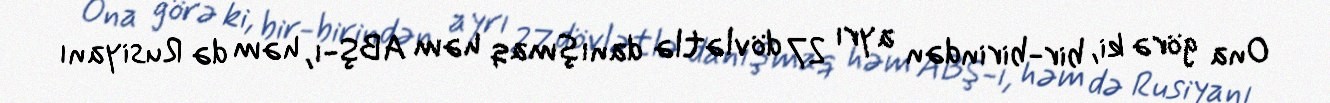
Ona görə ki, bir-birindən ayrı 27 dövlətlə danışmaq həm ABŞ-ı, həm də Rusiyanı